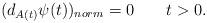
LaTeX: \begin{align*} (d_{A(t)}\psi(t))_{norm} = 0\ \ \ \ \ \ t >0. \end{align*}